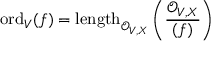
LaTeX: { \mathrm { o r d } } _ { V } ( f ) = { \mathrm { l e n g t h } } _ { { \mathcal { O } } _ { V , X } } \left( { \frac { { \mathcal { O } } _ { V , X } } { ( f ) } } \right)